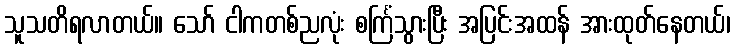
သူသတိရလာတယ်။ သော် ငါကတစ်ညလုံး စင်္ကြံသွားပြီး အပြင်းအထန် အားထုတ်နေတယ်၊